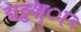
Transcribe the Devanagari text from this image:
द्मठ्ठश्ा२